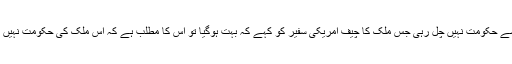
ان سے حکومت نہیں چل رہی جس ملک کا چیف امریکی سفیر کو کہے کہ بہت ہوگیا تو اس کا مطلب ہے کہ اس ملک کی حکومت نہیں ہے۔